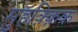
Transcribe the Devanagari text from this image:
मुहक़्क़िक